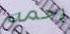
رحمه